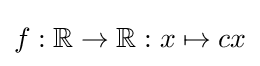
f:\mathbb {R} \to \mathbb {R} :x\mapsto cx